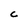
Character: C